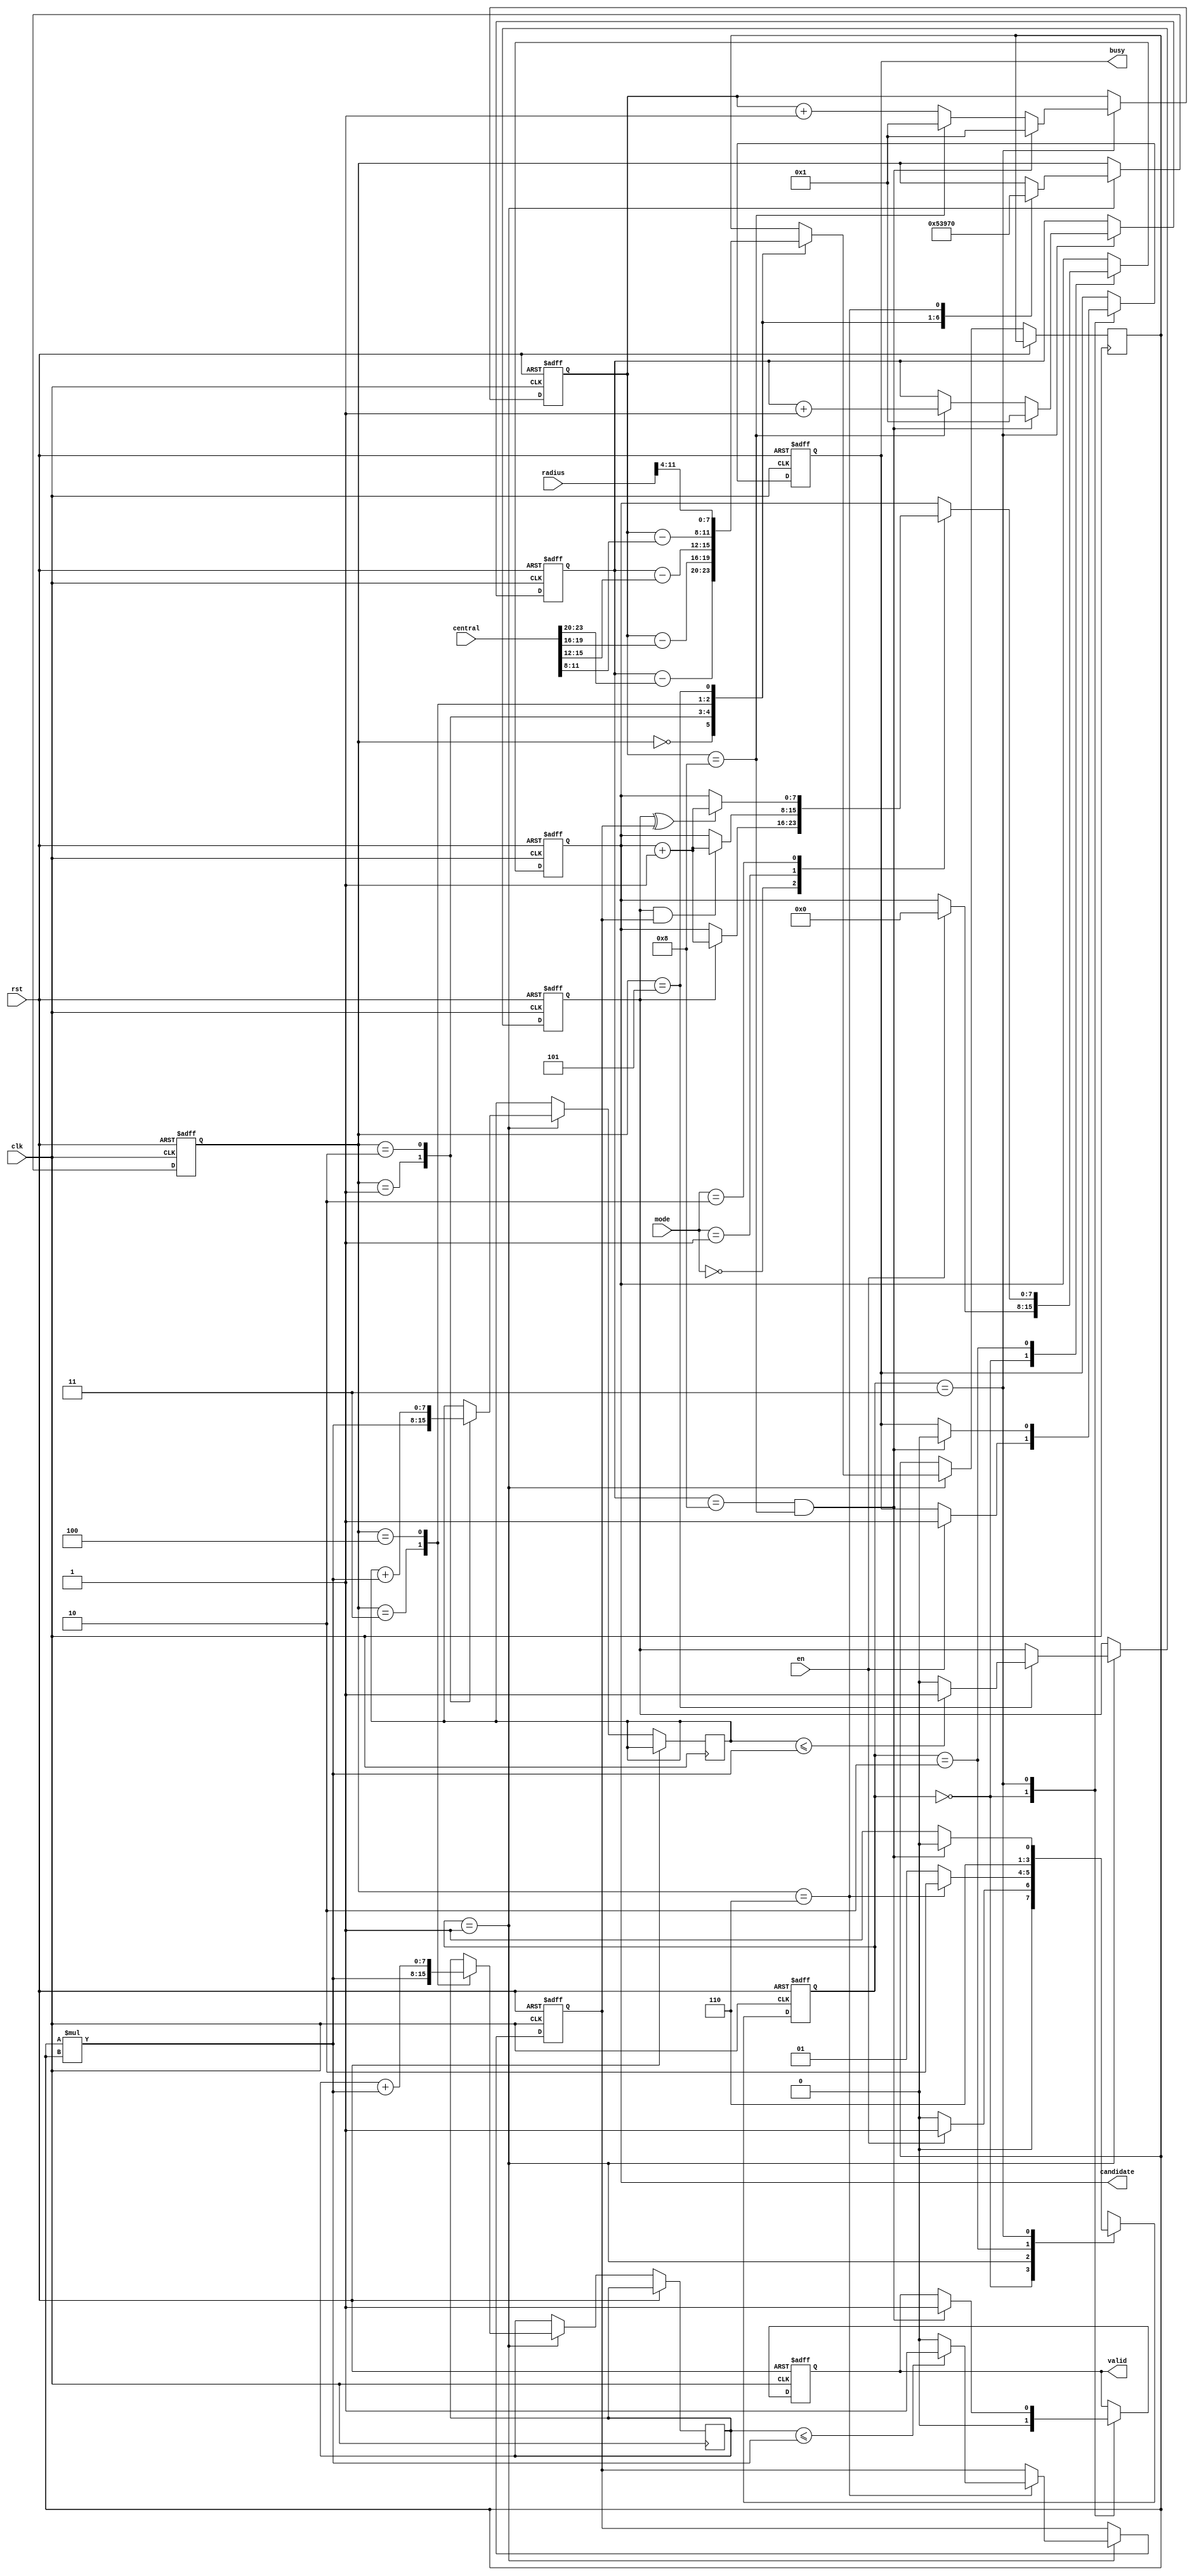
module SET ( clk , rst, en, central, radius, mode, busy, valid, candidate );

input clk, rst;
input en;
input [23:0] central;
input [11:0] radius;
input [1:0] mode;
output reg busy;
output reg valid;
output reg [7:0] candidate;

reg [1:0] state, NextState;
reg [3:0] i,j;
reg signed [3:0] value;
reg [7:0] A,B;
wire [7:0] mul;
reg is_inA, is_inB;
reg [2:0] counter;


assign mul = value * value;


parameter Load_Data = 0;
parameter Multiplication = 1;
parameter Determine = 2;
parameter Finish = 3;


parameter Mode0 = 0;
parameter Mode1 = 1;
parameter Mode2 = 2;


always@(posedge clk or posedge rst)
begin
   if(rst)
   begin
     busy <= 0;
     valid <= 0;
     candidate <= 0;
     i <= 1;
     j <= 1;
     counter <= 0;
     is_inA <= 0;
     is_inB <= 0;
     state <= Load_Data;
   end
   else
   begin
      state <= NextState;

      case(state)
      Load_Data:begin
                   valid <= 0;
                   if(en)
                   begin
                      candidate <= 0;
                      busy <= 1;
                   end
                end

      Multiplication:begin
                        case(counter)
                        0:begin
                             value <= (i - central[23:20]);
                             counter <= 1;
                          end

                        1:begin
                             value <= (j - central[19:16]);
                             A <= mul;
                             counter <= 2;
                          end

                        2:begin
                             value <= (i - central[15:12]);
                             A <= A + mul;
                             counter <= 3;
                          end

                        3:begin
                             value <= (j - central[11:8]);
                             B <= mul;
                             counter <= 4;
                          end

                         4:begin
                             value <= radius[11:8];
                             B <= B + mul;
                             counter <= 5;
                           end

                         5:begin
                              if(A <= mul)
                              begin
                                is_inA <= 1;
                              end
                              else
                              begin
                                is_inA <= 0;
                              end
                              value <= radius[7:4];
                              counter <= 6;
                           end

                         6:begin
                              if(B <= mul)
                              begin
                                is_inB <= 1;
                              end
                              else
                              begin
                                is_inB <= 0;
                              end
                              counter <= 0;
                           end

                        endcase
                     end
      
      Determine:begin
                  case(mode)
                  Mode0:begin
                          if(is_inA)
                          begin
                            candidate <= candidate + 1;
                          end
                        end

                  Mode1:begin
                          if(is_inA & is_inB)
                          begin
                            candidate <= candidate + 1;
                          end                     
                        end

                  Mode2:begin
                          if(is_inA ^ is_inB)
                          begin
                            candidate <= candidate + 1;
                          end                     
                        end

                  endcase
                end

      Finish:begin
                if(i == 8 && j == 8)
                begin
                  i <= 1;
                  j <= 1;
                  busy <= 0;
                  valid <= 1;
                end
                else if(j == 8)
                begin
                  j <= 1;
                  i <= i + 1;
                end
                else
                begin
                  j <= j + 1;
                end
             end

      endcase
   end
end


always@(*)
begin
   case(state)
   Load_Data:begin
               if(en)
                  NextState = Multiplication;
               else
                  NextState = Load_Data; 
             end
   Multiplication:begin
                     if(counter == 6)
                       NextState = Determine;
                     else
                       NextState = Multiplication;
                  end
   Determine:begin
               NextState = Finish;
             end 

   Finish:begin
             if(i == 8 && j == 8)
               NextState = Load_Data;
             else
               NextState = Multiplication;
          end
   endcase
end

endmodule